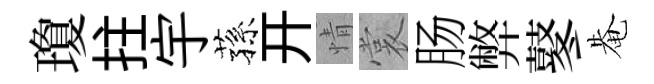
瓊拄宇蓀开情裳肠弊鼕𤲅